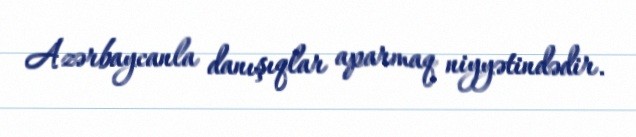
Azərbaycanla danışıqlar aparmaq niyyətindədir.